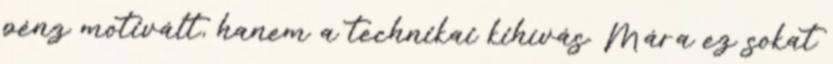
pénz motivált, hanem a technikai kihívás. Mára ez sokat